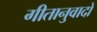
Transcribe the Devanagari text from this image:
गीतानुवादों